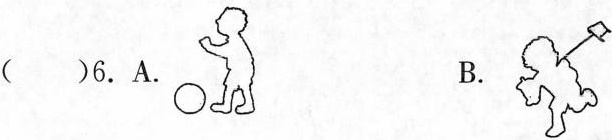
( )6.A. B.